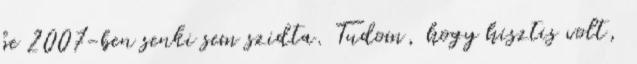
be 2007-ben senki sem szidta. Tudom, hogy hisztis volt,